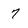
Character: 7